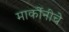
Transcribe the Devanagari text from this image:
मार्कोनीचे